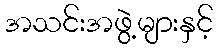
အသင်းအဖွဲ့များနှင့်